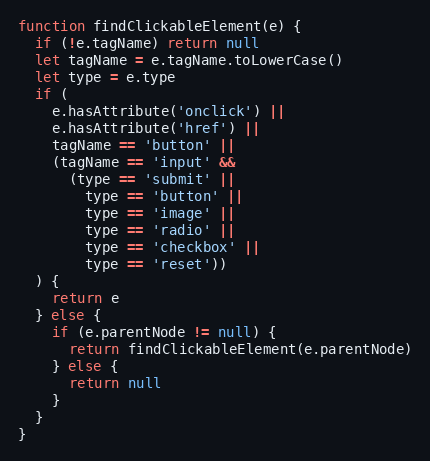
Language: JavaScript
function findClickableElement(e) {
  if (!e.tagName) return null
  let tagName = e.tagName.toLowerCase()
  let type = e.type
  if (
    e.hasAttribute('onclick') ||
    e.hasAttribute('href') ||
    tagName == 'button' ||
    (tagName == 'input' &&
      (type == 'submit' ||
        type == 'button' ||
        type == 'image' ||
        type == 'radio' ||
        type == 'checkbox' ||
        type == 'reset'))
  ) {
    return e
  } else {
    if (e.parentNode != null) {
      return findClickableElement(e.parentNode)
    } else {
      return null
    }
  }
}